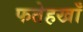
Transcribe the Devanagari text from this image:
फतेहखाँ